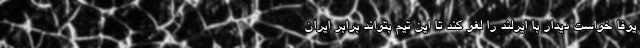
یوفا خواست دیدار با ایرلند را لغو کند تا این تیم بتواند برابر ایران